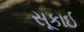
સૂકાઈ